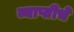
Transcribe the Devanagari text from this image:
व्याप्तीचे